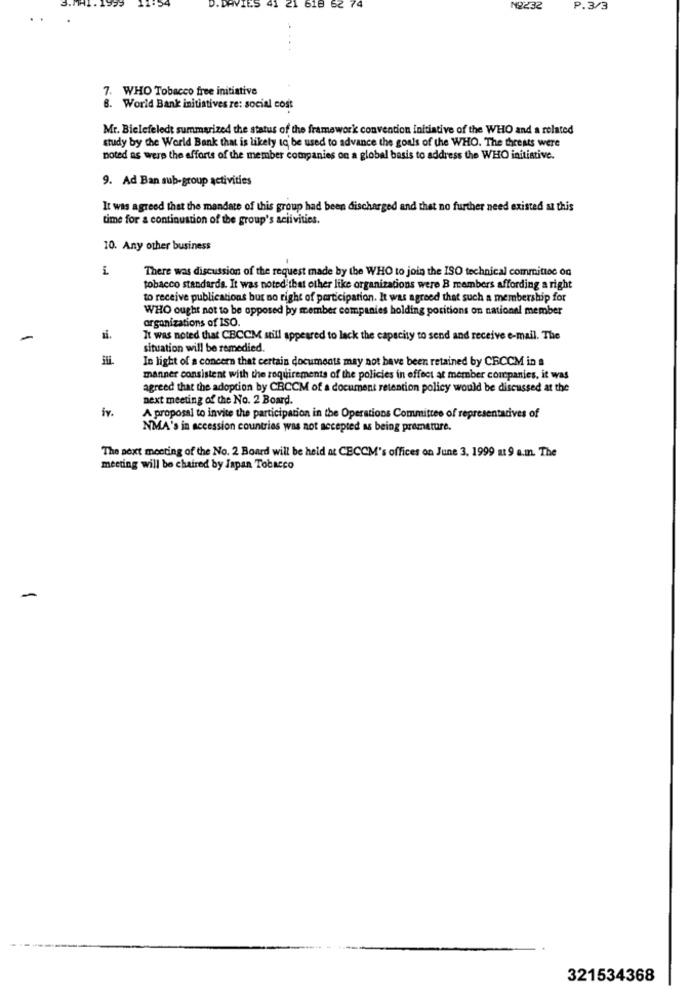
618
62 74
N2232
P.3/3
7. WHO Tobacco free initiative
8. World Bank initiatives re: social cost
Mr. Bielefeledt summarized the status of the framework convention initiative of the WHO and a related
study by the World Bank that is likely to be used to advance the goals of the WHO. The threats were
noted as were the efforts of the member companies on a global basis to address the WHO initiative.
9. Ad Ban sub-group activities
It was agreed that the mandate of this group had been discharged and that no further need existed at this
time for a continuation of the group's aciivities.
10. Any other business
There was discussion of the request made by the WHO to join the ISO technical committee on
tobacco standards. It was noted that other like organizations were B members affording a right
to receive publications but no right of participation. It was agreed that such a membership for
WHO ought not to be opposed by member companies holding poritions on national member
organizations of ISO.
-
It was noted that CBCCM still appeared to lack the capacity to send and receive e-mail. The
situation will be remedied.
In light of a concern that certain documents may not have been retained by CRCCM in a
manner consistent with the requirements of the policies in effect at member companies, it was
agreed that the adoption by CRCCM of a document retention policy would be discussed at the
next meeting of the No. 2 Board.
iv.
A proposal to invite the participation in the Operations Committee of representatives of
NMA's in accession countries was not accepted as being premature.
The next meeting of the No. 2 Board will be held at CECCM's offices on June 3. 1999 at 9 a.m. The
meeting will be chaired by Japan Tobacco
-
321534368